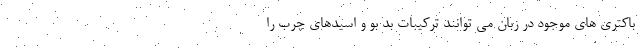
باکتری های موجود در زبان می توانند ترکیبات بد بو و اسیدهای چرب را